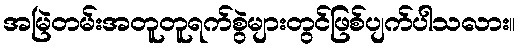
အမြဲတမ်းအတူတူရက်စွဲများတွင်ဖြစ်ပျက်ပါသလား။